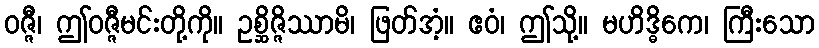
ဝဇ္ဇီ၊ ဤဝဇ္ဇီမင်းတို့ကို။ ဥစ္ဆိဇ္ဇိဿာမိ၊ ဖြတ်အံ့။ ဧဝံ၊ ဤသို့။ မဟိဒ္ဓိကေ၊ ကြီးသော